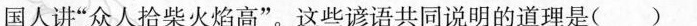
国人讲”众人拾柴火焰高”。这些谚语共同说明的道理是( )